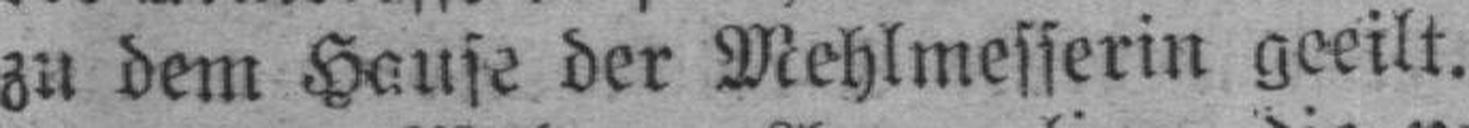
zu dem Hause der Mehlmesserin geeilt.